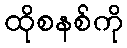
ထိုစနစ်ကို